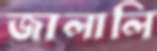
জালালি